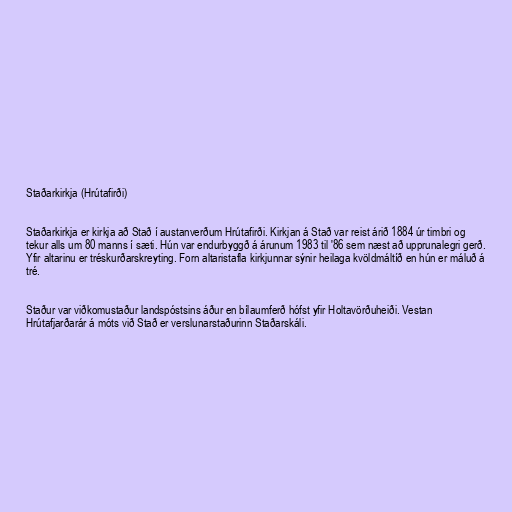
Staðarkirkja (Hrútafirði)

Staðarkirkja er kirkja að Stað í austanverðum Hrútafirði. Kirkjan á Stað var reist árið 1884 úr timbri og
tekur alls um 80 manns í sæti. Hún var endurbyggð á árunum 1983 til '86 sem næst að upprunalegri gerð.
Yfir altarinu er tréskurðarskreyting. Forn altaristafla kirkjunnar sýnir heilaga kvöldmáltíð en hún er máluð á
tré.

Staður var viðkomustaður landspóstsins áður en bílaumferð hófst yfir Holtavörðuheiði. Vestan
Hrútafjarðarár á móts við Stað er verslunarstaðurinn Staðarskáli.